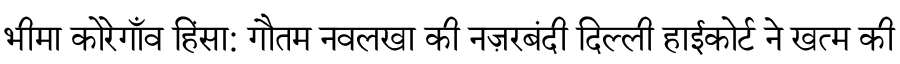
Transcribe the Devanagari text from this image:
भीमा कोरेगाँव हिंसा: गौतम नवलखा की नज़रबंदी दिल्ली हाईकोर्ट ने खत्म की